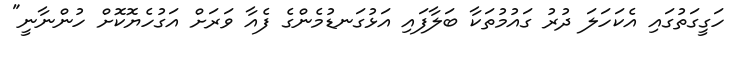
ހަގީގަތުގައި އެކަހަލަ ދުރު ގައުމުތަކާ ބަލާފައި އަޅުގަނޑުމެންގެ ފެއާ ވަރަށް އަގުހެޔޮކޮށް ހުންނާނީ"